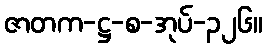
ဇာတက-ဋ္ဌ-စ-အုပ်-၃၂၆။